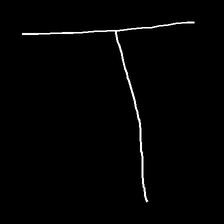
Glyph: column